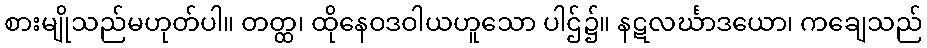
စားမျိုသည်မဟုတ်ပါ။ တတ္ထ၊ ထိုနေဝဒဝါယဟူသော ပါဌ်၌။ နဋလင်္ဃာဒယော၊ ကချေသည်